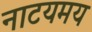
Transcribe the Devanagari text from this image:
नाटयमय